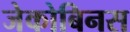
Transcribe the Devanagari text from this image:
जेकोबिनस